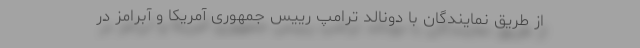
از طریق نمایندگان با دونالد ترامپ رییس جمهوری آمریکا و آبرامز در